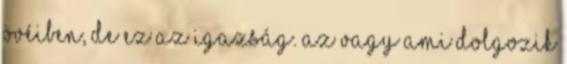
övéiben, de ez az igazság. Az vagy ami dolgozik